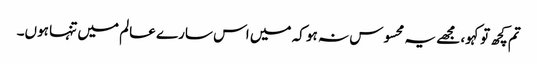
تم کچھ تو کہو، مجھے یہ محسوس نہ ہو کہ میں اس سارے عالم میں تنہا ہوں۔